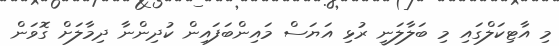
މި އާޓިކަލްގައި މި ބަލާލަނީ ރުޅި އަޔަސް މައިންބަފައިން ކުދިންނާ ދިމާލަށް ގޮވަން